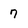
Character: 7